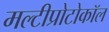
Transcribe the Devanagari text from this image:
मल्टीप्रोटोकॉल